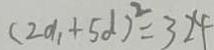
( 2 d _ { 1 } + 5 d ) ^ { 2 } = 3 2 4